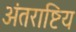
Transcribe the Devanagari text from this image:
अंतराष्टिय